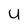
Character: u